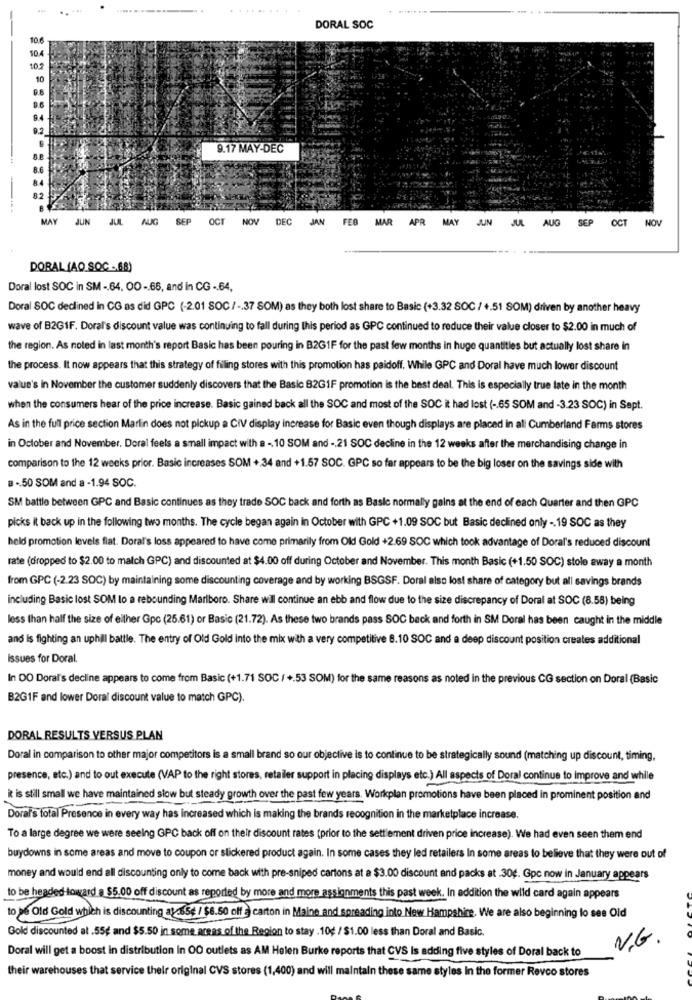
.. .
DORAL SOC
10.6
9.17 MAY-DEC
MAY
JUN JUL AUG SEP
OCT
NOV
DEC
JAN
FEB
MAR
APR
MAY
JUN
JUL
AUG
SEP
OCT
T NOV
DORAL (AO.SOC .68)
Doral lost SOC in SM -. 64, OO -. 65, and in CG -. 64,
Doral SOC declined in CG as did GPC (-2.01 SOC / -. 37 SOM) as they both lost share to Basic (+3.32 SOC / +.51 SOM) driven by another heavy
wave of B2G1F. Doral's discount value was continuing to fall during this period as GPC continued to reduce their value closer to $2.00 in much of
the region. As noted in last month's report Basic has been pouring in B2GIF for the past few months in huge quantities but actually lost share in
the process. It now appears that this strategy of filing stores with this promotion has paidoff. While GPC and Doral have much lower discount
value's in November the customer suddenly discovers that the Basic B2GIF promotion is the best deal. This is especially true late in the month
when the consumers hear of the price increase. Basic gained back all the SOC and most of the SOC it had lost ( -. 65 SOM and -3.23 SOC) in Sept.
As in the full price section Marlin does not pickup a CIV display increase for Basic even though displays are placed in all Cumberland Farms stores
in October and November. Doral feels a small impact with a -. 10 SOM and - 21 SOC decline in the 12 weeks after the merchandising change in
comparison to the 12 weeks prior. Basic increases SOM + 34 and +1.57 SOC. GPC so far appears to be the big loser on the savings side with
a - 50 SOM and a - 1.94 SOC.
SM battle between GPC and Basic continues as they trade SOC back and forth as Basic normally gains at the end of each Quarter and then GPC
picks it back up in the following two months. The cycle began again in October with GPC +1.09 SOC but Basic declined only -. 19 SOC as they
held promotion levels fiat. Doral's loss appeared to have come primarily from Old Gold +2.69 SOC which took advantage of Doral's reduced discount
rate (dropped to $2.00 to match GPC) and discounted at $4.00 off during October and November. This month Basic (+1.50 SOC) stole away a month
from GPC (-2.23 SOC) by maintaining some discounting coverage and by working BSGSF. Doral also lost share of category but all savings brands
including Basic lost SOM to a rebounding Marlboro. Share wil continue an ebb and flow due to the size discrepancy of Doral at SOC (8.58) being
less than half the size of either Gpc (25.61) or Basic (21.72). As these two brands pass SOC back and forth in SM Doral has been caught in the middle
and is fighting an uphill battle. The entry of Old Gold into the mix with a very competitive 8.10 SOC and a deep discount position creates additional
Issues for Doral.
In DO Doral's decline appears to come from Basic (+1.71 SOC / +.53 SOM) for the same reasons as noted in the previous CG section on Doral (Basic
B2G1F and lower Doral discount value to match GPC).
DORAL RESULTS VERSUS PLAN
Doral in comparison to other major competitors is a small brand so our objective is to continue to be strategically sound (matching up discount, timing,
presence, etc.) and to out execute (VAP to the right stores, retailer support in placing displays etc.) All aspects of Doral continue to improve and while
it is still small we have maintained slow but steady growth over the past few years. Workplan promotions have been placed in prominent position and
Doral's total Presence in every way has increased which is making the brands recognition in the marketplace increase.
To a large degree we were seeing GPC back off on their discount rates [prior to the settlement driven price increase). We had even seen them end
buydowns in some areas and move to coupon or stickered product again. In some cases they led retailers In some areas to believe that they were out of
money and would end all discounting only to come back with pre-sniped cartons at a $3.00 discount and packs at .30g. Gpc now in January appears
to be headed toward a $5.00 off discount as reported by more and more assignments this past week. In addition the wild card again appears
to pé Old Gold which is discounting a:c65€ / $8.50 off ? carton in Maine and spreading into New Hampshire. We are also beginning lo see Old
Gold discounted at .55g and $5.50 in some areas of the Region to stay . 10€ / $1.00 less than Doral and Basic.
N.G.
Doral will get a boost in distribution in OO outlets as AM Helen Burke reports that CVS is adding five styles of Doral back to
their warehouses that service their original CVS stores (1,400) and will maintain these same styles In the former Revco stores